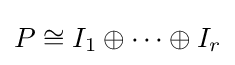
P\cong I_{1}\oplus \cdots \oplus I_{r}